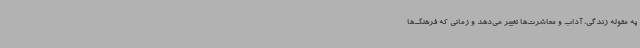
به مقوله زندگی، آداب و معاشرت‌ها تغییر می‌دهد و زمانی که فرهنگ‌ها